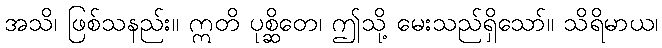
အသိ၊ ဖြစ်သနည်း။ ဣတိ ပုစ္ဆိတေ၊ ဤသို့ မေးသည်ရှိသော်။ သိရိမာယ၊